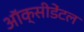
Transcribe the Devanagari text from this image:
ऑक्‍सीडेंटल